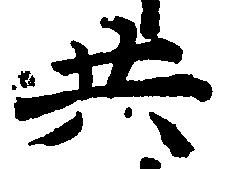
共